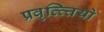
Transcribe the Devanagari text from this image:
प्रवृत्त्त्तियो